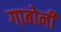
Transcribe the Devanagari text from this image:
गाबोर्नी